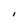
Character: I